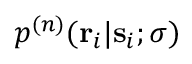
p ^ { ( n ) } ( \mathbf { r } _ { i } | \mathbf { s } _ { i } ; \boldsymbol { \sigma } )